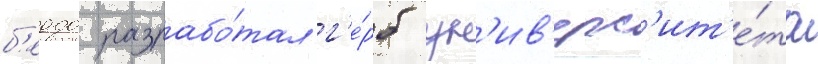
б'еддо разрабо́тал г'е́рб ун'ив'ерс'ит'е́та